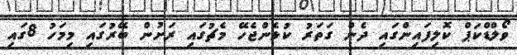
ވޯލްޑްކަޕް ކޮލިފައިންގައި ދެން ގަތަރު ކުޅެންޖެހޭ މެޗުގައި ރަށުން ބޭރުގައި މިމަހު 8ގައި